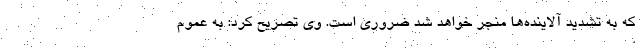
که به تشدید آلاینده‌ها منجر خواهد شد ضروری است. وی تصریح کرد: به عموم